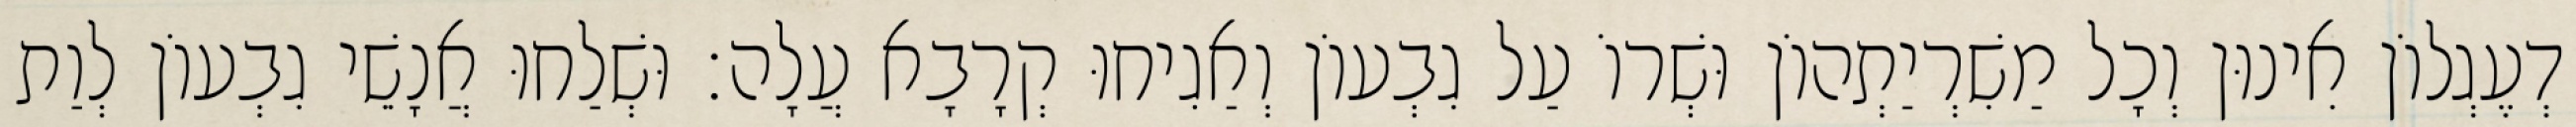
דְעֶגְלוֹן אִינוּן וְכָל מַשִׁרְיַתְהוֹן וּשְׁרוֹ עַל גִבְעוֹן וְאַגִיחוּ קְרָבָא עֲלָה׃ וּשְׁלַחוּ אֲנָשֵׁי גִבְעוֹן לְוַת